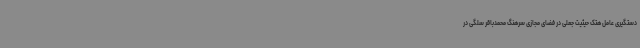
دستگیری عامل هتک حیثیت جعلی در فضای مجازی سرهنگ محمدباقر سلگی در